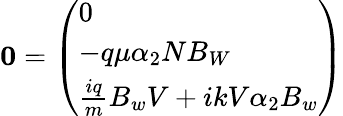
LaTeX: {\mathbf 0}=\left(\begin{array}{l}{0}\\ {-q\mu\alpha_{2}NB_{W}}\\ {\frac{iq}{m}B_{w}V+ikV\alpha_{2}B_{w}}\end{array}\right)